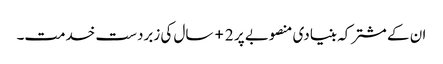
ان کے مشترکہ بنیادی منصوبے پر 2+ سال کی زبردست خدمت۔